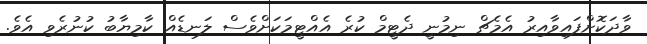
ވާދަކޮށްފައިވާއިރު އެމެޗް ނިމުނީ ދެޓީމް ކުރެ އެއްޓީމަކަށްވެސް ލަނޑެއް ކާމިޔާބު ކުނުރެވި އެވެ.